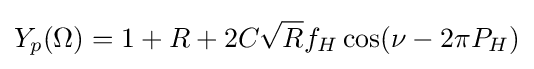
Y_{p}(\Omega )=1+R+2C{\sqrt {R}}f_{H}\cos(\nu -2\pi P_{H})